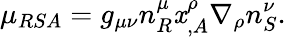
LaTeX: \mu_{RSA}=g_{\mu\nu}n_{R}^{\mu}\mathit{x}_{,A}^{\rho}\nabla_{\rho}n_{S}^{\nu}.